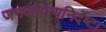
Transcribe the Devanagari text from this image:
जनकोपायनिर्देष्टा